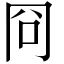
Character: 冏